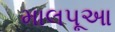
માલપૂઆ